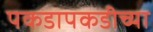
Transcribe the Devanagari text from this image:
पकडापकडीच्या